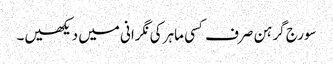
سورج گرہن صرف کسی ماہر کی نگرانی میں دیکھیں۔